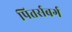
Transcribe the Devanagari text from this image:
पितर्सबर्ग